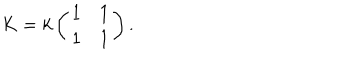
LaTeX: K = k \left( \begin{array} { c c } { { 1 } } & { { 1 } } \\ { { 1 } } & { { 1 } } \\ \end{array} \right) .